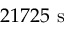
2 1 7 2 5 \ \mathrm { s }